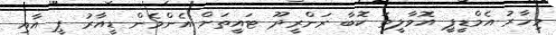
މިހާރު އެމްޑީޕީ އޮވާލީތަ ކޮބާ ރަންރީދޫ ޓައީތަށް އެންމެން ޑީއާރު ޕީ އާއި